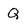
Character: Q